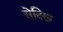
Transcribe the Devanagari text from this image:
सेदिख़